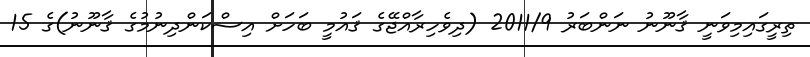
ތިރީގައިމިވަނީ ޤާނޫނު ނަންބަރު 2011/9 (ދިވެހިރާއްޖޭގެ ޤައުމީ ބަހަށް އިސްކަންދިނުމުގެ ޤާނޫނު)ގެ 15